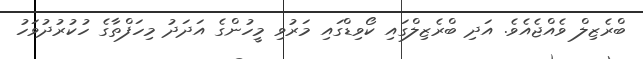
ބްރެޒިލް ވެއްޖެއެވެ. އަދި ބްރެޒިލްގައި ކޯވިޑްގައި މަރުވި މީހުންގެ އަދަދު މިހަފްތާގެ ހުކުރުދުވަހު